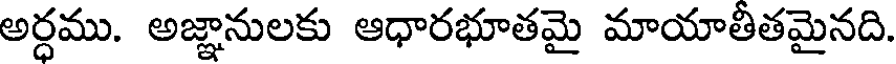
అర్ధము. అజ్ఞానులకు ఆధారభూతమై మాయాతీతమైనది.